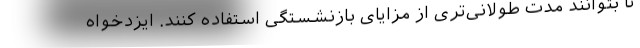
تا بتوانند مدت طولانی‌تری از مزایای بازنشستگی استفاده کنند. ایزدخواه